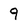
Character: 9